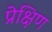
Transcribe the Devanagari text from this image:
प्रेक्षिण